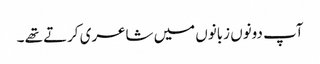
آپ دونوں زبانوں میں شاعری کرتے تھے ۔